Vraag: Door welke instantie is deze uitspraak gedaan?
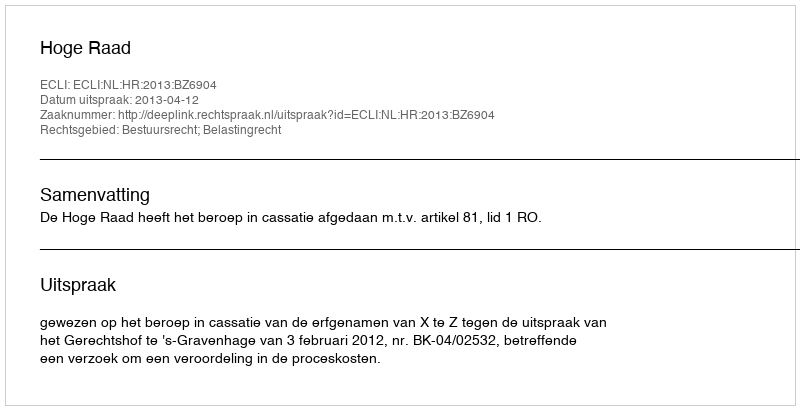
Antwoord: Hoge Raad